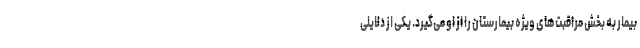
بیمار به بخش مراقبت‌های ویژه بیمارستان را از او می‌گیرد. یکی از دلایلی